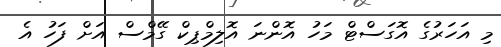
މި އަހަރުގެ އޮގަސްޓް މަހު އޮންނަ އޮލިމްޕިކް ގޭމްސް އަށް ފަހު އެ